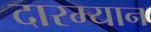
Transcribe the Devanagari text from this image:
दारम्यान